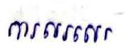
ការសរសេរ